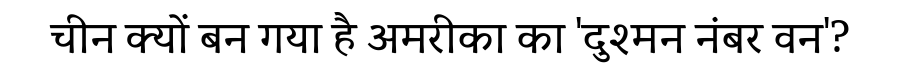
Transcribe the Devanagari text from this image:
चीन क्यों बन गया है अमरीका का 'दुश्मन नंबर वन'?